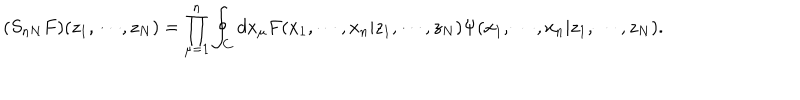
( S _ { n N } F ) ( z _ { 1 } , \cdots , z _ { N } ) = \prod _ { \mu = 1 } ^ { n } \oint _ { C } d x _ { \mu } F ( x _ { 1 } , \cdots , x _ { n } | z _ { 1 } , \cdots , z _ { N } ) \Psi ( x _ { 1 } , \cdots , x _ { n } | z _ { 1 } , \cdots , z _ { N } ) .